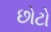
છોટો